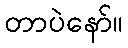
တာပဲနော်။